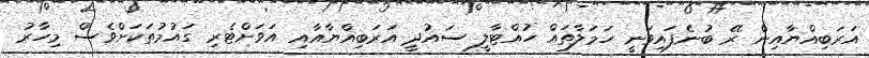
އަރަބިއްޔާއިން ރޭ ބުނެފައިވަނީ ހަމަލާތައް ހުއްޓާލީ ސައުދީ އަރަބިއްޔާއާއި އަވަށްޓެރި ގައުމުތަކަށްވެސް މިހާރު